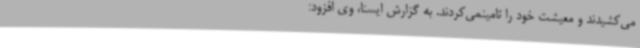
می‌کشیدند و معیشت خود را تامینمی‌کردند. به گزارش ایسنا، وی افزود: